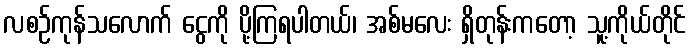
လစဉ်ကုန်သလောက် ငွေကို ပို့ကြရပါတယ်၊ အစ်မလေး ရှိတုန်းကတော့ သူ့ကိုယ်တိုင်